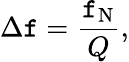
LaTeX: \Delta\mathtt{f}={\frac{{\mathtt{f}_{\mathrm{{N}}}}}{{Q}}},